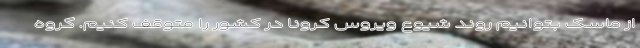
از ماسک بتوانیم روند شیوع ویروس کرونا در کشور را متوقف کنیم. گروه